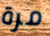
مرة